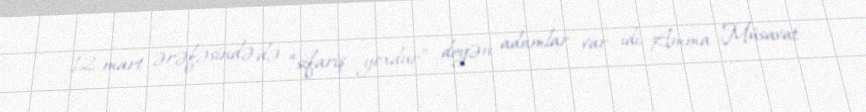
- 12 mart ərəfəsində də “sifariş yoxdur” deyən adamlar var idi. Amma Müsavat